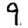
Digit: 9